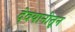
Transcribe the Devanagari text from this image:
देवयानीतून